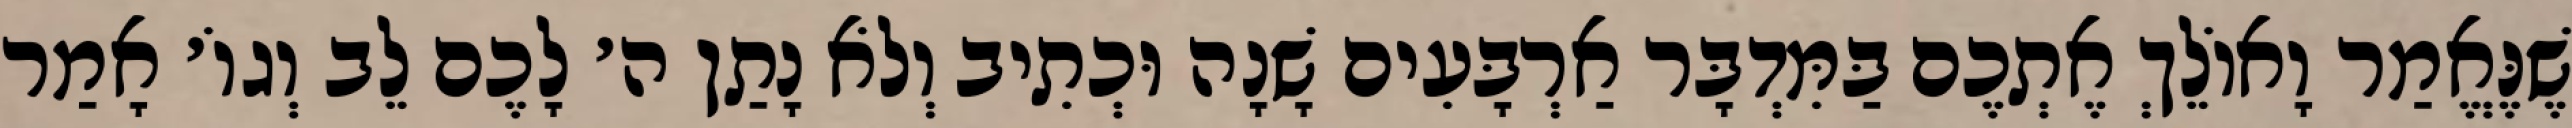
שֶׁנֶּאֱמַר וָאוֹלֵךְ אֶתְכֶם בַּמִּדְבָּר אַרְבָּעִים שָׁנָה וּכְתִיב וְלֹא נָתַן ה׳ לָכֶם לֵב וְגוֹ׳ אָמַר